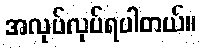
အလုပ်လုပ်ရပါတယ်။